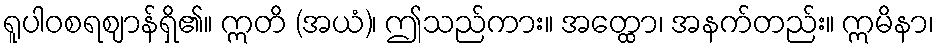
ရူပါဝစရဈာန်ရှိ၏။ ဣတိ (အယံ)၊ ဤသည်ကား။ အတ္ထော၊ အနက်တည်း။ ဣမိနာ၊